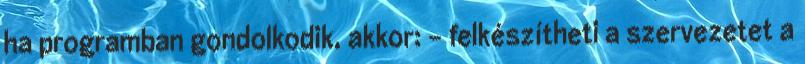
ha programban gondolkodik, akkor: - felkészítheti a szervezetet a